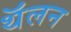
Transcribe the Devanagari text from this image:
थॅलन